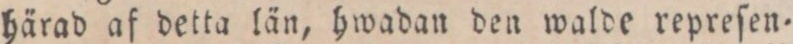
härad af detta län, hwadan den walde repreſen=